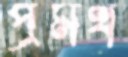
প্রমথ